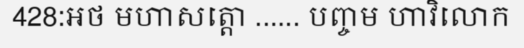
428:អថ មហាសត្តោ ...... បញ្ចម ហាវិលោក